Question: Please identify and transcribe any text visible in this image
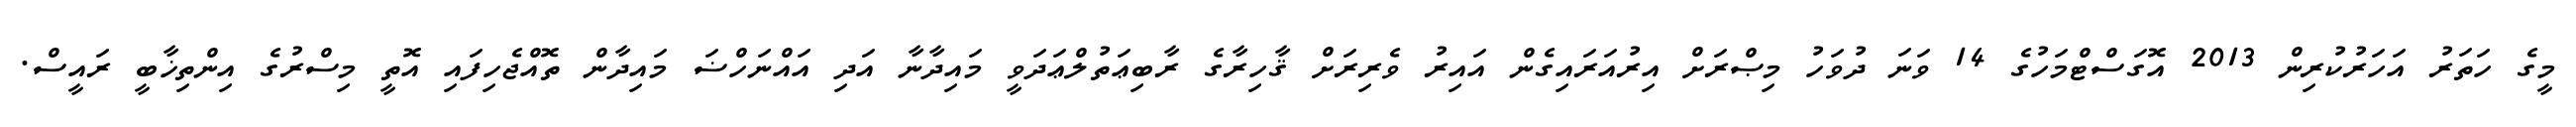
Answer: މީގެ ހަތަރު އަހަރުކުރިން 2013 އޮގަސްޓްމަހުގެ 14 ވަނަ ދުވަހު މިޞްރަށް އިރުއަރައިގެން އައިރު ވެރިރަށް ޤާހިރާގެ ރާބިޢަތުލްޢަދަވީ މައިދާނާ އަދި އައްނަހްޟަ މައިދާން ތޮއްޖެހިފައި އޮތީ މިސްރުގެ އިންތިޚާބީ ރައީސް.